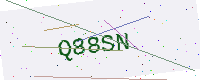
Text: Q88SN